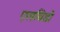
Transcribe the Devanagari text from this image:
एलबिडो